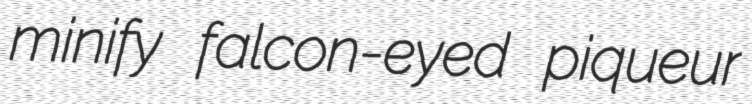
minify falcon-eyed piqueur